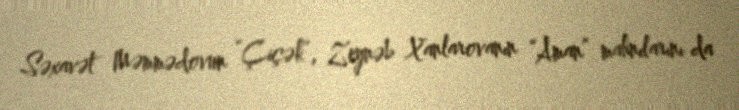
Səxavət Məmmədovun “Çiçək”, Zeynəb Xanlarovanın “Aman” mahnılarını da